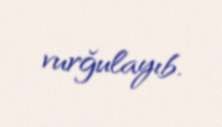
vurğulayıb.